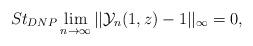
LaTeX: \begin{align*} St_{DNP}\lim_{n\rightarrow \infty}||\mathcal{Y}_{n}(1,z)-1||_{\infty}=0, \end{align*}